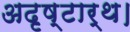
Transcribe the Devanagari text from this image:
अदृष्टार्थ।